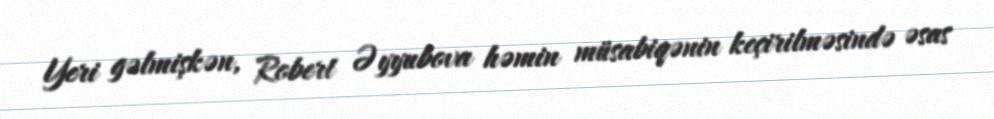
Yeri gəlmişkən, Robert Əyyubova həmin müsabiqənin keçirilməsində əsas